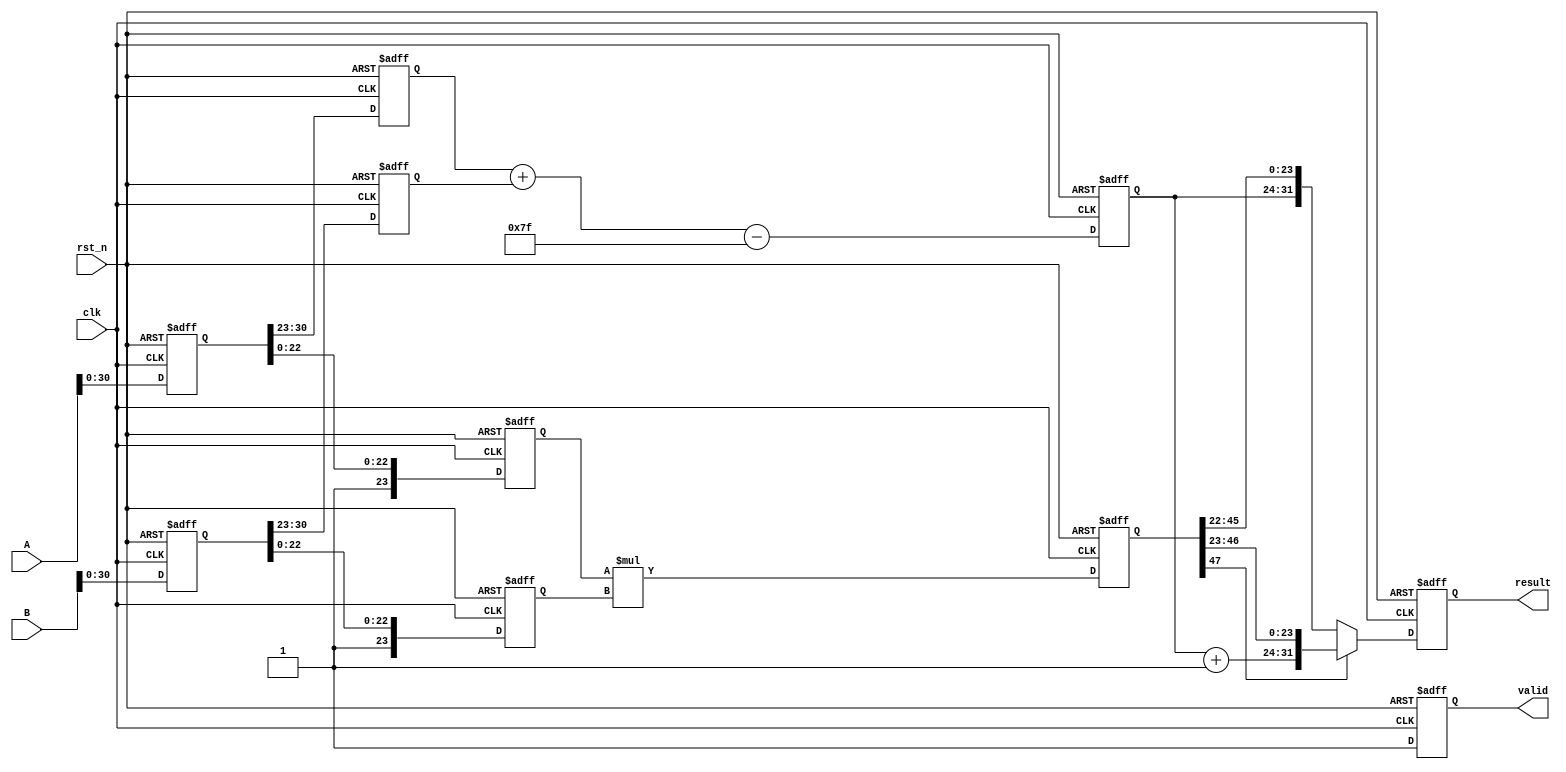
module pipelined_fp_multiplier (
    input           clk,
    input           rst_n,
    input   [31:0] A,   // First floating-point input
    input   [31:0] B,   // Second floating-point input
    output reg [31:0] result, // Result of multiplication
    output reg       valid   // Indicates when the result is valid
);

// Internal registers for pipeline stages
reg [31:0] A_reg, B_reg;
reg [7:0] exp_A, exp_B;
reg [7:0] exp_result;
reg [23:0] mant_A, mant_B;
reg [47:0] mant_product;
reg sign_A, sign_B, sign_result;

// Stage 1: Input Stage
always @(posedge clk or negedge rst_n) begin
    if(!rst_n) begin
        A_reg <= 32'b0;
        B_reg <= 32'b0;
    end else begin
        A_reg <= A;
        B_reg <= B;
    end
end

// Stage 2: Extraction Stage
always @(posedge clk or negedge rst_n) begin
    if (!rst_n) begin
        exp_A <= 8'b0;
        exp_B <= 8'b0;
        mant_A <= 24'b0;
        mant_B <= 24'b0;
        sign_A <= 1'b0;
        sign_B <= 1'b0;
    end else begin
        sign_A <= A_reg[31];
        exp_A <= A_reg[30:23];
        mant_A <= {1'b1, A_reg[22:0]}; // Normalized with implicit bit

        sign_B <= B_reg[31];
        exp_B <= B_reg[30:23];
        mant_B <= {1'b1, B_reg[22:0]}; // Normalized with implicit bit
    end
end

// Stage 3: Exponent Calculation Stage
always @(posedge clk or negedge rst_n) begin
    if (!rst_n) begin
        exp_result <= 8'b0;
    end else begin
        exp_result <= exp_A + exp_B - 8'd127; // Adjusting for bias
    end
end

// Stage 4: Mantissa Multiplication Stage
always @(posedge clk or negedge rst_n) begin
    if (!rst_n) begin
        mant_product <= 48'b0;
    end else begin
        mant_product <= mant_A * mant_B; // 24 * 24 => 48 bits
    end
end

// Stage 5: Normalization of Result Stage
always @(posedge clk or negedge rst_n) begin
    if (!rst_n) begin
        result <= 32'b0;
        valid <= 1'b0;
    end else begin
        // Normalize mant_product
        if (mant_product[47]) begin
            // if the product is more than 24 bits, shift right
            result <= {sign_A ^ sign_B, exp_result + 1'b1, mant_product[46:23]};
        end else begin
            // Use it directly if within range
            result <= {sign_A ^ sign_B, exp_result, mant_product[45:22]};
        end
        valid <= 1'b1; // Output is valid after processing
    end
end

endmodule